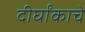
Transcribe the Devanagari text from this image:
दीर्घांकाचे